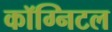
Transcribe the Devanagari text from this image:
कॉग्निटल